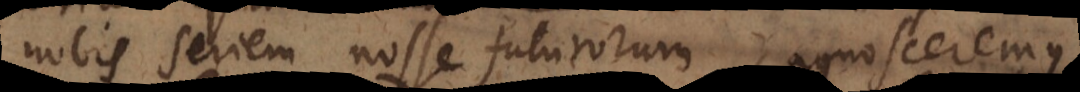
nobis seriem nosse futurorum, agnosceremus